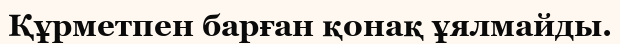
Құрметпен барған қонақ ұялмайды.